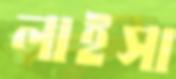
লাইসা